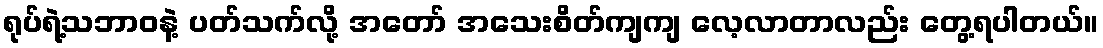
ရုပ်ရဲ့သဘာဝနဲ့ ပတ်သက်လို့ အတော် အသေးစိတ်ကျကျ လေ့လာတာလည်း တွေ့ရပါတယ်။